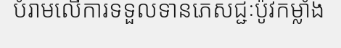
បំរាមលើការទទួលទានភេសជ្ជៈប៉ូវកម្លាំង